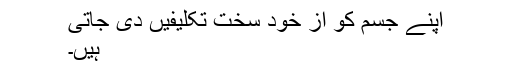
اپنے جسم کو از خود سخت تکلیفیں دی جاتی
ہیں۔